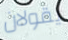
يقولان